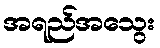
အရည်အသွေး